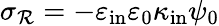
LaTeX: \sigma_{\mathcal{R}}=-\varepsilon_{\mathrm{{in}}}\varepsilon_{0}\kappa_{\mathrm{{in}}}\psi_{0}